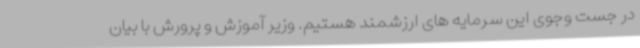
در جست وجوی این سرمایه های ارزشمند هستیم. وزیر آموزش و پرورش با بیان